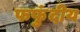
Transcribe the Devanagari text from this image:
फफुंदीय